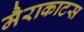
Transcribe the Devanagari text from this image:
मैराकाटस